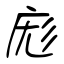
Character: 庬